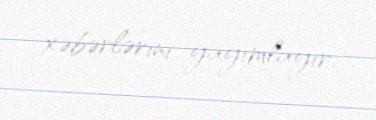
xəbərlərini yayımlayır.